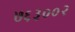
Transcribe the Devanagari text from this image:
७६३००२